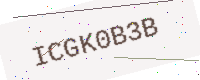
Text: ICGK0B3B